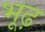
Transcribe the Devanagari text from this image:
भूढ़